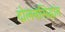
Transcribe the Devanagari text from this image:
दोलनसिद्धांत